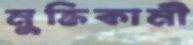
মুক্তিকামী